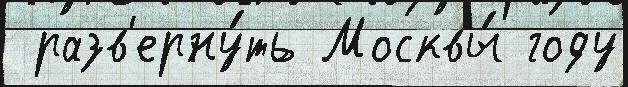
 разв'ерну́ть Москвы́ году